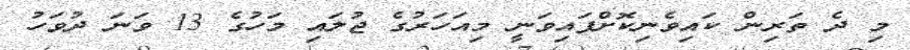
މި ދެ ތަރިން ކައިވެނިކޮށްފައިވަނީ މިއަހަރުގެ ޖުލައި މަހުގެ 13 ވަނަ ދުވަހު